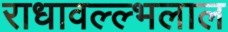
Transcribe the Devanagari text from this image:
राधावल्ल्भलाल